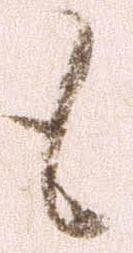
も